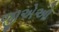
જીએઓ